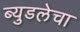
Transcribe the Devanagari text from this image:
ब्युडलेचा